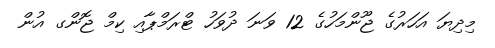
މިދިޔަ އަހަރުގެ ޖޫންމަހުގެ 12 ވަނަ ދުވަހު ޓްރަމްޕާއި ކިމް ޖޮންގ އުން